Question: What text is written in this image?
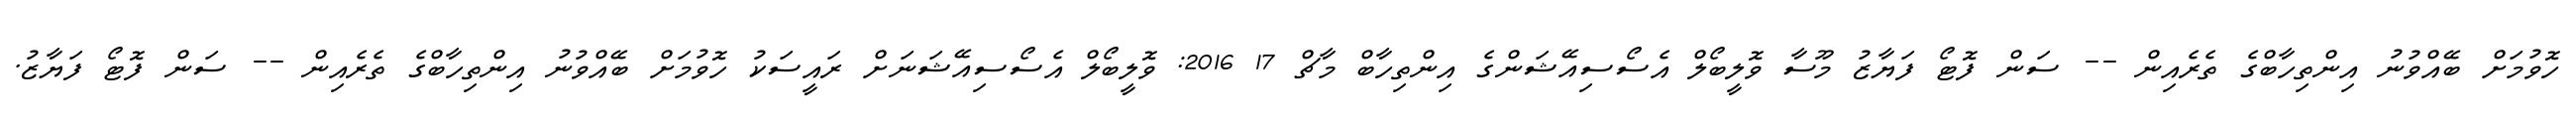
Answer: ހޮވުމަށް ބޭއްވުނު އިންތިހާބްގެ ތެރެއިން -- ސަން ފޮޓޯ ފަޔާޒު މޫސާ ވޮލީބޯލް އެސޯސިއޭޝަންގެ އިންތިހާބް މާޗް 17 2016: ވޮލީބޯލް އެސޯސިއޭޝަނަށް ރައީސަކު ހޮވުމަށް ބޭއްވުނު އިންތިހާބްގެ ތެރެއިން -- ސަން ފޮޓޯ ފަޔާޒު.